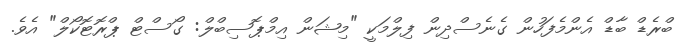
ބްރެޑް ބާޑް އެންމެފަހުން ގެނެސްދިން ފިލްމަކީ "މިޝަން އިމްޕޮސިބްލް: ގޯސްޓް ޕްރޮޓޮކޯލް" އެވެ.